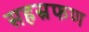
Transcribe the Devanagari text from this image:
सहस्रफण